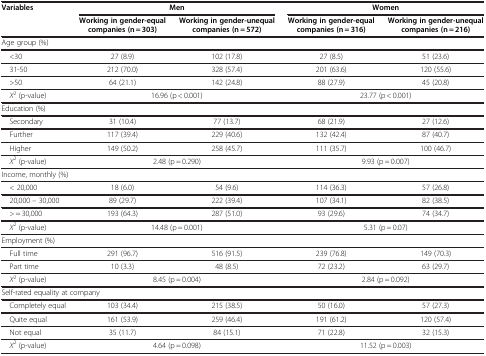
<table><thead><tr><td rowspan="2"><b>Variables</b></td><td colspan="2"><b>Men</b></td><td colspan="2"><b>Women</b></td></tr><tr><td><b>Working in gender-equal companies (n = 303)</b></td><td><b>Working in gender-unequal companies (n = 572)</b></td><td><b>Working in gender-equal companies (n = 316)</b></td><td><b>Working in gender-unequal companies (n = 216)</b></td></tr></thead><tbody><tr><td colspan="5">Age group (%)</td></tr><tr><td> &lt;30</td><td>27 (8.9)</td><td>102 (17.8)</td><td>27 (8.5)</td><td>51 (23.6)</td></tr><tr><td> 31-50</td><td>212 (70.0)</td><td>328 (57.4)</td><td>201 (63.6)</td><td>120 (55.6)</td></tr><tr><td> &gt;50</td><td>64 (21.1)</td><td>142 (24.8)</td><td>88 (27.9)</td><td>45 (20.8)</td></tr><tr><td> <i>X</i><sup>2</sup> (p-value)</td><td colspan="2">16.96 (p &lt; 0.001)</td><td colspan="2">23.77 (p &lt; 0.001)</td></tr><tr><td colspan="5">Education (%)</td></tr><tr><td> Secondary</td><td>31 (10.4)</td><td>77 (13.7)</td><td>68 (21.9)</td><td>27 (12.6)</td></tr><tr><td> Further</td><td>117 (39.4)</td><td>229 (40.6)</td><td>132 (42.4)</td><td>87 (40.7)</td></tr><tr><td> Higher</td><td>149 (50.2)</td><td>258 (45.7)</td><td>111 (35.7)</td><td>100 (46.7)</td></tr><tr><td> <i>X</i><sup>2</sup> (p-value)</td><td colspan="2">2.48 (p = 0.290)</td><td colspan="2">9.93 (p = 0.007)</td></tr><tr><td colspan="5">Income, monthly (%)</td></tr><tr><td> &lt; 20,000</td><td>18 (6.0)</td><td>54 (9.6)</td><td>114 (36.3)</td><td>57 (26.8)</td></tr><tr><td> 20,000 – 30,000</td><td>89 (29.7)</td><td>222 (39.4)</td><td>107 (34.1)</td><td>82 (38.5)</td></tr><tr><td> &gt; = 30,000</td><td>193 (64.3)</td><td>287 (51.0)</td><td>93 (29.6)</td><td>74 (34.7)</td></tr><tr><td> <i>X</i><sup>2</sup> (p-value)</td><td colspan="2">14.48 (p = 0.001)</td><td colspan="2">5.31 (p = 0.07)</td></tr><tr><td colspan="5">Employment (%)</td></tr><tr><td> Full time</td><td>291 (96.7)</td><td>516 (91.5)</td><td>239 (76.8)</td><td>149 (70.3)</td></tr><tr><td> Part time</td><td>10 (3.3)</td><td>48 (8.5)</td><td>72 (23.2)</td><td>63 (29.7)</td></tr><tr><td> <i>X</i><sup>2</sup> (p-value)</td><td colspan="2">8.45 (p = 0.004)</td><td colspan="2">2.84 (p = 0.092)</td></tr><tr><td colspan="5">Self-rated equality at company</td></tr><tr><td> Completely equal</td><td>103 (34.4)</td><td>215 (38.5)</td><td>50 (16.0)</td><td>57 (27.3)</td></tr><tr><td> Quite equal</td><td>161 (53.9)</td><td>259 (46.4)</td><td>191 (61.2)</td><td>120 (57.4)</td></tr><tr><td> Not equal</td><td>35 (11.7)</td><td>84 (15.1)</td><td>71 (22.8)</td><td>32 (15.3)</td></tr><tr><td> <i>X</i><sup>2</sup> (p-value)</td><td colspan="2">4.64 (p = 0.098)</td><td colspan="2">11.52 (p = 0.003)</td></tr></tbody></table>